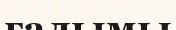
ғалымы